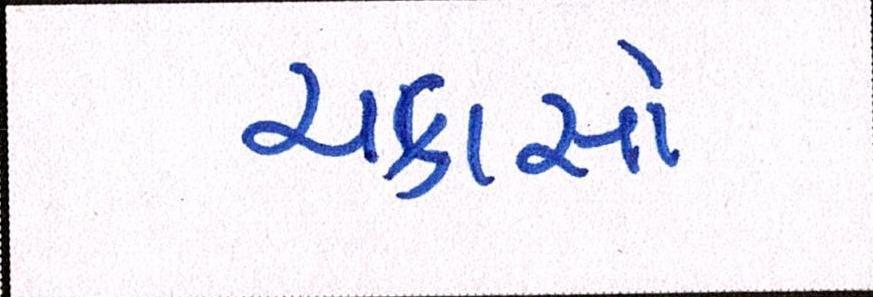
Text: ચકાસો